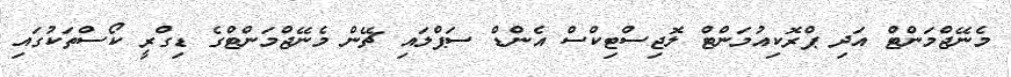
މެނޭޖްމަންޓް އަދި ޕްރޮކިއުމަންޓް ލޮޖިސްޓިކްސް އެންޑް ސަޕްލައި ޗޭން މެނޭޖްމަންޓްގެ ޑިގްރީ ކޯސްތަކުގައި